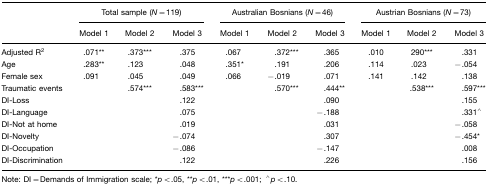
<table><thead><tr><td></td><td colspan="3"><b>Total sample (<i>N</i>=119)</b></td><td colspan="3"><b>Australian Bosnians (<i>N</i>=46)</b></td><td colspan="3"><b>Austrian Bosnians (<i>N</i>=73)</b></td></tr><tr><td></td><td><b>Model 1</b></td><td><b>Model 2</b></td><td><b>Model 3</b></td><td><b>Model 1</b></td><td><b>Model 2</b></td><td><b>Model 3</b></td><td><b>Model 1</b></td><td><b>Model 2</b></td><td><b>Model 3</b></td></tr></thead><tbody><tr><td>Adjusted R<sup>2</sup></td><td>.071**</td><td>.373***</td><td>.375</td><td>.067</td><td>.372***</td><td>.365</td><td>.010</td><td>290***</td><td>.331</td></tr><tr><td>Age</td><td>.283**</td><td>.123</td><td>.048</td><td>.351*</td><td>.191</td><td>.206</td><td>.114</td><td>.023</td><td>−.054</td></tr><tr><td>Female sex</td><td>.091</td><td>.045</td><td>.049</td><td>.066</td><td>−.019</td><td>.071</td><td>.141</td><td>.142</td><td>.138</td></tr><tr><td>Traumatic events</td><td></td><td>.574***</td><td>.583***</td><td></td><td>.570***</td><td>.444**</td><td></td><td>.538***</td><td>.597***</td></tr><tr><td>DI-Loss</td><td></td><td></td><td>.122</td><td></td><td></td><td>.090</td><td></td><td></td><td>.155</td></tr><tr><td>DI-Language</td><td></td><td></td><td>.075</td><td></td><td></td><td>−.188</td><td></td><td></td><td>.331∧</td></tr><tr><td>DI-Not at home</td><td></td><td></td><td>.019</td><td></td><td></td><td>.031</td><td></td><td></td><td>−.058</td></tr><tr><td>DI-Novelty</td><td></td><td></td><td>−.074</td><td></td><td></td><td>.307</td><td></td><td></td><td>−.454*</td></tr><tr><td>DI-Occupation</td><td></td><td></td><td>−.086</td><td></td><td></td><td>−.147</td><td></td><td></td><td>.008</td></tr><tr><td>DI-Discrimination</td><td></td><td></td><td>.122</td><td></td><td></td><td>.226</td><td></td><td></td><td>.156</td></tr></tbody></table>